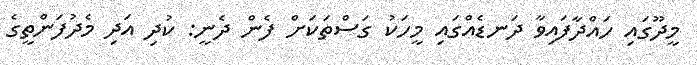
މީދޫގައި ހައްދާފައިވާ ދަނޑެއްގައި މީހަކު ގަސްތަކަށް ފެން ދެނީ: ކުދި އަދި މެދުފަންތީގެ